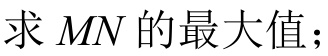
求 \(MN\) 的最大值；